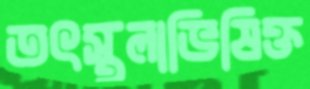
তৎস্থলাভিষিক্ত